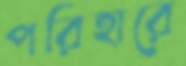
পরিহারে